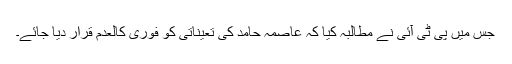
جس میں پی ٹی آئی نے مطالبہ کیا کہ عاصمہ حامد کی تعیناتی کو فوری کالعدم قرار دیا جائے۔